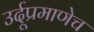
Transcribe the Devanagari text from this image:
उर्दूप्रमाणेच